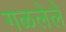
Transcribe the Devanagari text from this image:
गळलेले